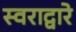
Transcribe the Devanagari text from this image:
स्वराद्वारे